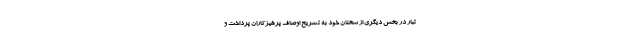
تبار در بخش دیگری از سخنان خود به تشریح اوصاف پرهیزکاران پرداخت و